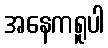
အနေကရူပါ